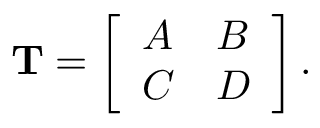
\mathbf { T } = \left[ \begin{array} { l l } { A } & { B } \\ { C } & { D } \end{array} \right] .